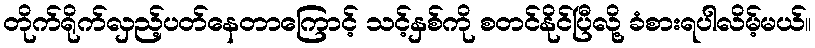
တိုက်ရိုက်လှည့်ပတ်နေတာကြောင့် သင့်နှစ်ကို စတင်နိုင်ပြီလို့ ခံစားရပါလိမ့်မယ်။